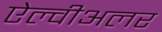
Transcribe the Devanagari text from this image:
ऐल्वीअलर